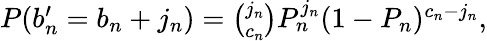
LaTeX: \begin{array}{r}{P(b_{n}^{\prime}=b_{n}+j_{n})=\binom{j_{n}}{c_{n}}P_{n}^{j_{n}}(1-P_{n})^{c_{n}-j_{n}},}\end{array}